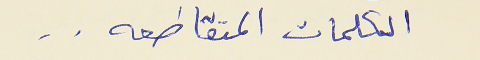
الكلمات المتقاطعه . .